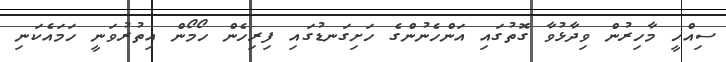
ސިއްހީ މާހިރުން ވިދާޅުވާ ގޮތުގައި އަންހެނުންގެ ހަށިގަނޑުގައި ފިރިހެން ހޯމޯން އިތުރުވަނީ ހަމައެކަނި